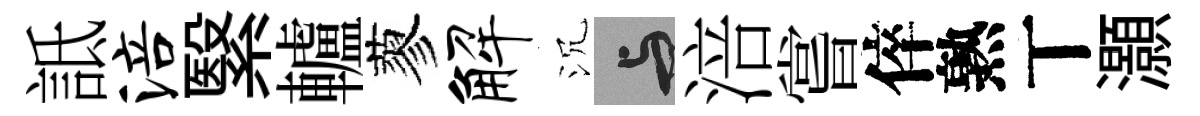
詆涪繄轤蓼解沉与涪嘗倅熟丅灝